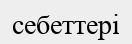
себеттері